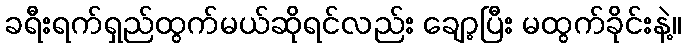
ခရီးရက်ရှည်ထွက်မယ်ဆိုရင်လည်း ချော့ပြီး မထွက်ခိုင်းနဲ့။